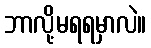
ဘာလို့မရရမှာလဲ။